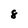
Character: 8